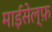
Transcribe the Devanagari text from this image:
माईसेल्फ़